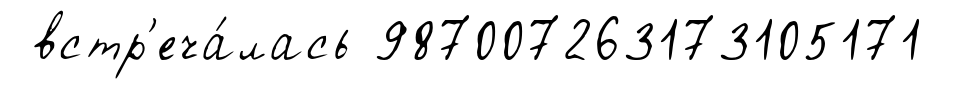
встр'еча́лась 987007263173105171